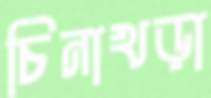
চিনাখড়া